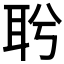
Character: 𦕎